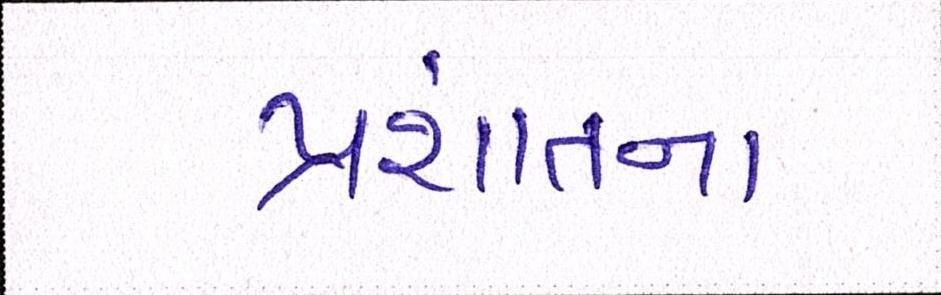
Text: પ્રશાંતના